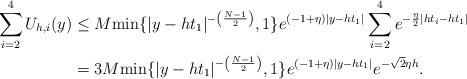
LaTeX: \begin{align*} \sum_{i= 2}^4 U_{h,i}(y) &\le M {\min\{|y-ht_1|^{-\left(\frac{N-1}{2}\right)},1\}}e^{(-1+\eta)|y- ht_1|}\sum_{i=2}^4 e^{-\frac{\eta}{2}| ht_i- ht_1|}\\&= 3 M {\min\{|y-ht_1|^{-\left(\frac{N-1}{2}\right)},1\}}e^{(-1+\eta)|y- ht_1|} e^{-\sqrt{2}\eta h }.\end{align*}